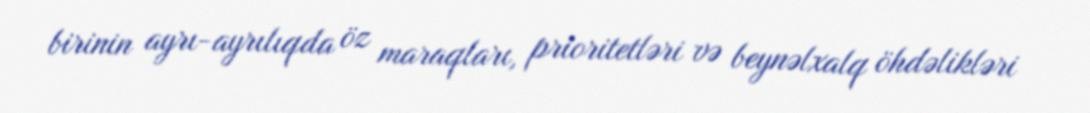
birinin ayrı-ayrılıqda öz maraqları, prioritetləri və beynəlxalq öhdəlikləri